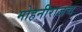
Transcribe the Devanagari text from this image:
मोहनीराजच